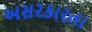
અસરકારતા